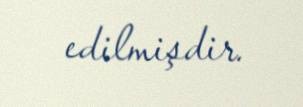
edilmişdir.